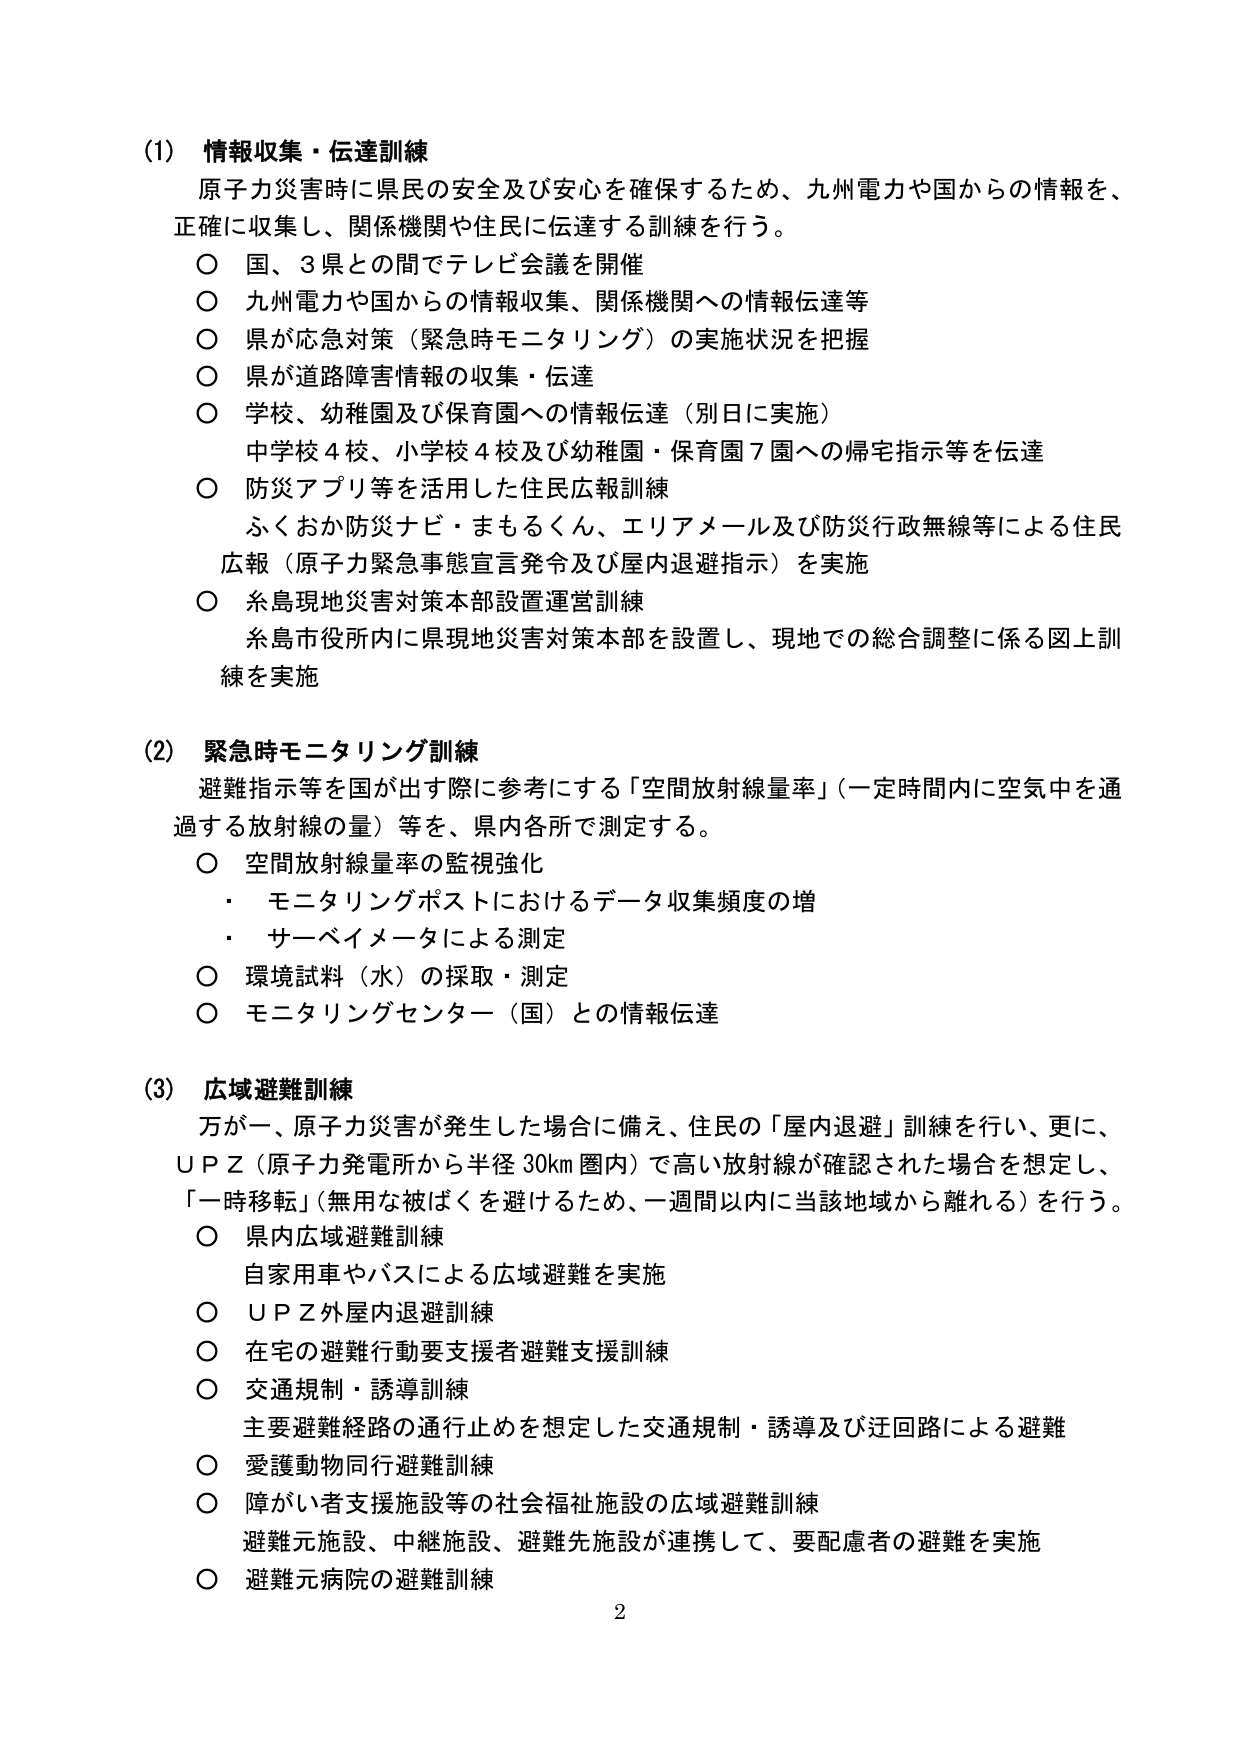
(1) 情報収集・伝達訓練
原子力災害時に県民の安全及び安心を確保するため、九州電力や国からの情報を、
正確に収集し、関係機関や住民に伝達する訓練を行う。
○ 国、3県との間でテレビ会議を開催
○ 九州電力や国からの情報収集、関係機関への情報伝達等
○ 県が応急対策（緊急時モニタリング）の実施状況を把握
○ 県が道路障害情報の収集・伝達
○ 学校、幼稚園及び保育園への情報伝達（別日に実施）
　中学校4校、小学校4校及び幼稚園・保育園7園への帰宅指示等を伝達
○ 防災アプリ等を活用した住民広報訓練
　ふくおか防災ナビ・まもるくん、エリアメール及び防災行政無線等による住民
　広報（原子力緊急事態宣言発令及び屋内退避指示）を実施
○ 糸島現地災害対策本部設置運営訓練
　糸島市役所内に県現地災害対策本部を設置し、現地での総合調整に係る図上訓
　練を実施

(2) 緊急時モニタリング訓練
避難指示等を国が出す際に参考にする「空間放射線量率」（一定時間内に空気中を通
過する放射線の量）等を、県内各所で測定する。
○ 空間放射線量率の監視強化
　・ モニタリングポストにおけるデータ収集頻度の増
　・ サーベイメータによる測定
○ 環境試料（水）の採取・測定
○ モニタリングセンター（国）との情報伝達

(3) 広域避難訓練
万が一、原子力災害が発生した場合に備え、住民の「屋内退避」訓練を行い、更に、
ＵＰＺ（原子力発電所から半径30km圏内）で高い放射線が確認された場合を想定し、
「一時移転」（無用な被ばくを避けるため、一週間以内に当該地域から離れる）を行う。
○ 県内広域避難訓練
　自家用車やバスによる広域避難を実施
○ ＵＰＺ外屋内退避訓練
○ 在宅の避難行動要支援者避難支援訓練
○ 交通規制・誘導訓練
　主要避難経路の通行止めを想定した交通規制・誘導及び迂回路による避難
○ 愛護動物同行避難訓練
○ 障がい者支援施設等の社会福祉施設の広域避難訓練
　避難元施設、中継施設、避難先施設が連携して、要配慮者の避難を実施
○ 避難元病院の避難訓練

2